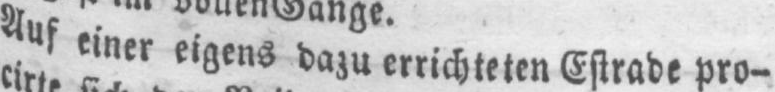
Auf einer eigens dazu errichteten Estrade pro-